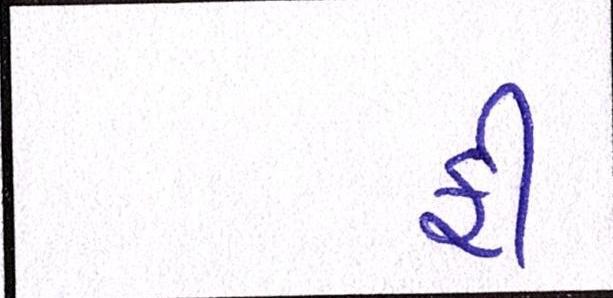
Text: ફી